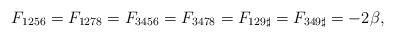
\begin{align*}F_{1256} = F_{1278} = F_{3456} = F_{3478} = F_{129\sharp} = F_{349\sharp}= - 2\beta,\end{align*}